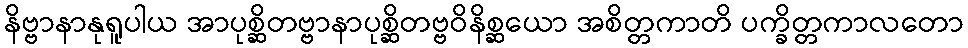
နိဗ္ဗာနာနုရူပါယ အာပုစ္ဆိတဗ္ဗာနာပုစ္ဆိတဗ္ဗဝိနိစ္ဆယော အစိတ္တကာတိ ပက္ခိတ္တကာလတော